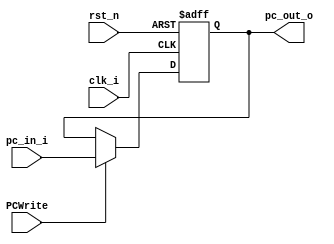
module Program_Counter( clk_i, rst_n, pc_in_i, pc_out_o, PCWrite );
     
//I/O ports
input           clk_i;
input	        rst_n;
input	wire PCWrite;
input  [32-1:0] pc_in_i;
output [32-1:0] pc_out_o;
 
//Internal Signals
reg    [32-1:0] pc_out_o, pc_out_w;

//Main function
always @(posedge clk_i or negedge rst_n) begin
    if(~rst_n)	pc_out_o <= 0;
	else	 pc_out_o <= pc_out_w;
end

always @(*) begin
	if(PCWrite)	pc_out_w = pc_in_i;
	else	pc_out_w = pc_out_o;
end

endmodule